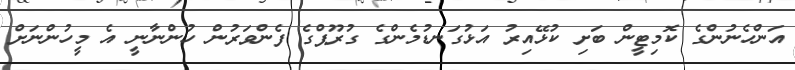
އަންހެނުންގެ ކޮމިޓީން ބަށި ކުޅޭއިރު އަޅުގަނޑުމެންގެ ގުރޫޕްގެ ފެންވަރުން ހުންނާނީ އެ މީހުންނަށް